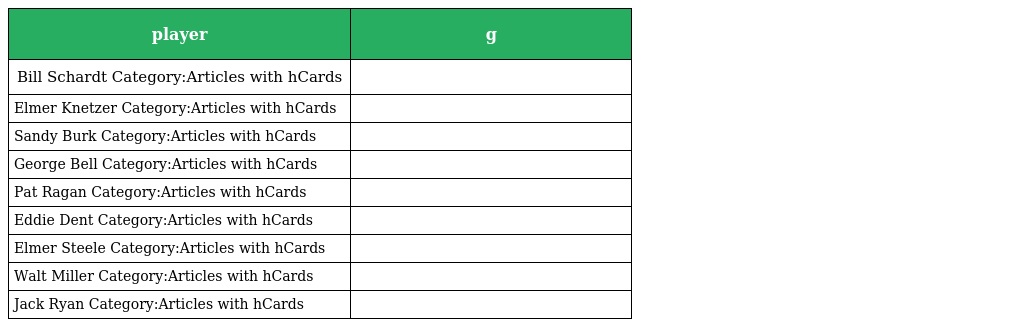
| player | g |
 | --- | --- |
 | Bill Schardt Category:Articles with hCards |  |
 | Elmer Knetzer Category:Articles with hCards |  |
 | Sandy Burk Category:Articles with hCards |  |
 | George Bell Category:Articles with hCards |  |
 | Pat Ragan Category:Articles with hCards |  |
 | Eddie Dent Category:Articles with hCards |  |
 | Elmer Steele Category:Articles with hCards |  |
 | Walt Miller Category:Articles with hCards |  |
 | Jack Ryan Category:Articles with hCards |  |